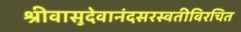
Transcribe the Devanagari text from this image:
श्रीवासुदेवानंदसरस्वतीविरचित